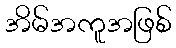
အိမ်အကူအဖြစ်